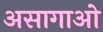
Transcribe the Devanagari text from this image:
असागाओ